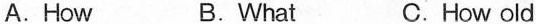
A.How B.What C. How old